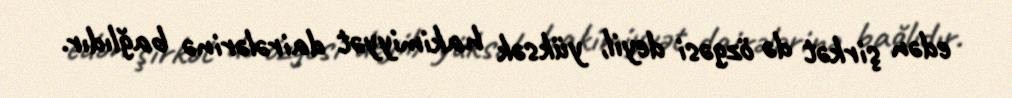
edən şirkət də özgəsi deyil, yüksək hakimiyyət dairələrinə bağlıdır.